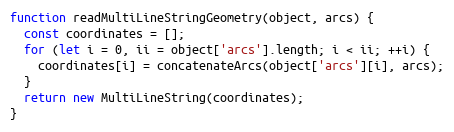
Language: JavaScript
function readMultiLineStringGeometry(object, arcs) {
  const coordinates = [];
  for (let i = 0, ii = object['arcs'].length; i < ii; ++i) {
    coordinates[i] = concatenateArcs(object['arcs'][i], arcs);
  }
  return new MultiLineString(coordinates);
}